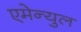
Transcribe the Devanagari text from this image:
एमेन्युल